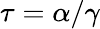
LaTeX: \tau=\alpha/\gamma